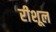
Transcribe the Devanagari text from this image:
रीशूल